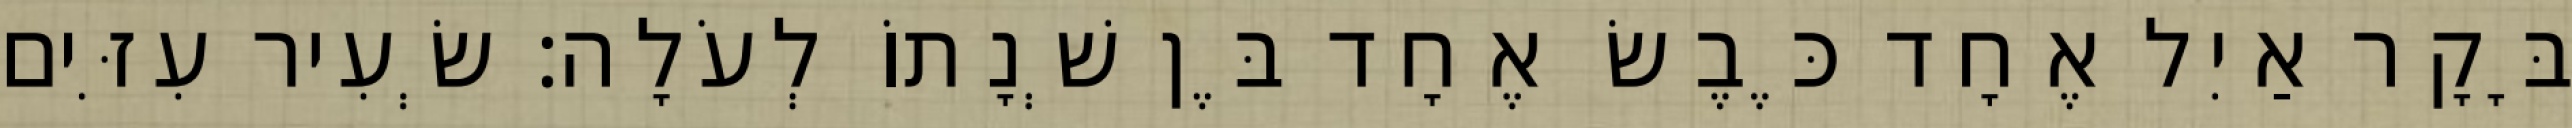
בָּקָר אַיִל אֶחָד כֶּבֶשׂ אֶחָד בֶּן שְׁנָתוֹ לְעֹלָה׃ שְׂעִיר עִזִּים